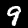
Digit: 9